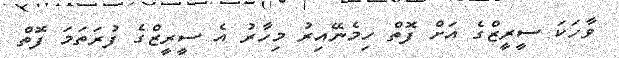
ވާހަކަ ސީރީޒްގެ އަށް ފޮތް ހިމެނޭއިރު މިހާރު އެ ސީރީޒްގެ ފުރަތަމަ ފޮތް